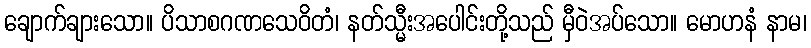
ချောက်ချားသော။ ပိသာစဂဏသေဝိတံ၊ နတ်သ္မီးအပေါင်းတို့သည် မှီဝဲအပ်သော။ မောဟနံ နာမ၊